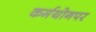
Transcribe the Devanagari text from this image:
कर्मयोगपर